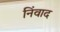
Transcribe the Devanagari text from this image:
निंवाद